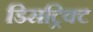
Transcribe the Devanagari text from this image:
डिसट्रिक्ट